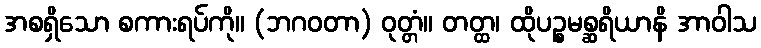
အစရှိသော စကားရပ်ကို။ (ဘဂဝတာ) ဝုတ္တံ။ တတ္ထ၊ ထိုပဉ္စမစ္ဆရိယာနိ အာဝါသ